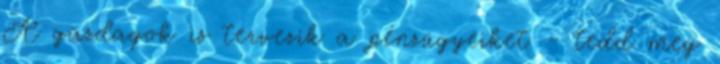
A gazdagok is tervezik a pénzügyeiket - tedd meg